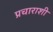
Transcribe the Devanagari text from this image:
प्रचाराशी